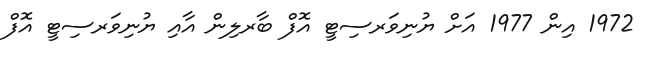
1972 އިން 1977 އަށް ޔުނިވަރސިޓީ އޮފް ބާރލިން އާއި ޔުނިވަރސިޓީ އޮފް